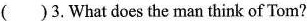
( )3.What does the man think of Tom?